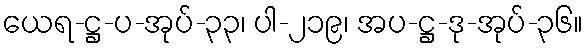
ယေရ-ဋ္ဌ-ပ-အုပ်-၃၃၊ ပါ-၂၁၉၊ အပ-ဋ္ဌ-ဒု-အုပ်-၃၆။